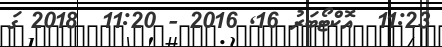
11:23  އޮކްޓޯބަރު 16